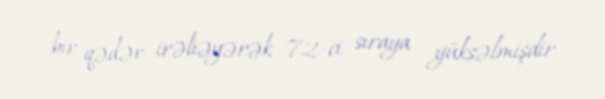
bir qədər irəliəyərək 72-ci sıraya yüksəlmişdir.